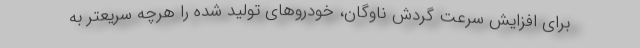
برای افزایش سرعت گردش ناوگان، خودروهای تولید شده را هرچه سریعتر به